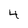
Character: 4